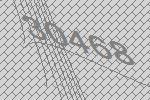
30468